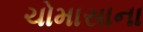
ચોમાસાના